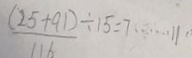
\frac { ( 2 5 + 9 1 ) } { 1 1 6 } \div 1 5 = 7 \cdots 1 1